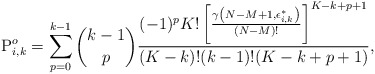
\begin{align*}\mathrm{P}^o_{i,k} = \sum^{k-1}_{p=0}{k-1 \choose p} \frac{(-1)^p K!\left[\frac{\gamma\left(N-M+1,\epsilon_{i,k}^*\right)}{(N-M)!} \right]^{K-k+p+1} }{(K-k)!(k-1)!(K-k+p+1) },\end{align*}